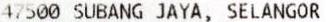
47500 SUBANG JAYA, SELANGOR